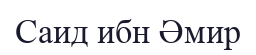
Саид ибн Әмир